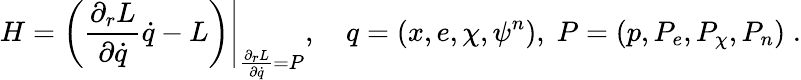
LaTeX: H=\left.\left(\frac{\partial_{r}L}{\partial\dot{q}}\dot{q}-L\right)\right|_{\frac{\partial_{r}L}{\partial\dot{q}}=P},\, \, \, \, \, \, q=(x,e,\chi,\psi^{n}),\; P=(p,P_{e},P_{\chi},P_{n})\; .